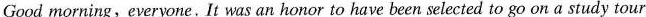
Good morning, everyone. It was an honor to have been selected to go on a study tour